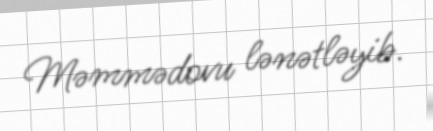
Məmmədovu lənətləyib.